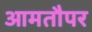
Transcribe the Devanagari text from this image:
आमतौपर